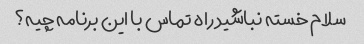
سلام خسته نباشید راه تماس با این برنامه چیه؟